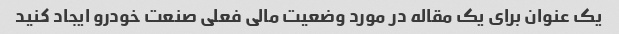
یک عنوان برای یک مقاله در مورد وضعیت مالی فعلی صنعت خودرو ایجاد کنید